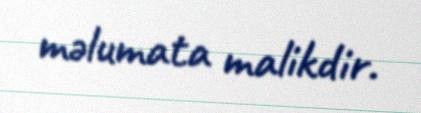
məlumata malikdir.